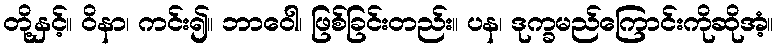
တို့နှင့်။ ဝိနာ၊ ကင်း၍။ ဘာဝေါ၊ ဖြစ်ခြင်းတည်း။ ပန၊ ဒုက္ခမည်ကြောင်းကိုဆိုအံ့။